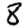
Digit: 8